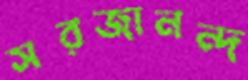
সরজানন্দ